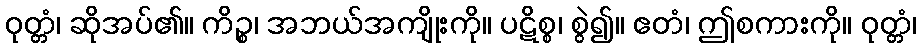
ဝုတ္တံ၊ ဆိုအပ်၏။ ကိဉ္စ၊ အဘယ်အကျိုးကို။ ပဋိစ္စ၊ စွဲ၍။ ဧတံ၊ ဤစကားကို။ ဝုတ္တံ၊